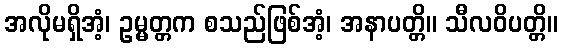
အလိုမရှိအံ့၊ ဥမ္မတ္တက စသည်ဖြစ်အံ့၊ အနာပတ္တိ။ သီလဝိပတ္တိ။